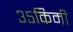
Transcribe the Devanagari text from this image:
३५किमी